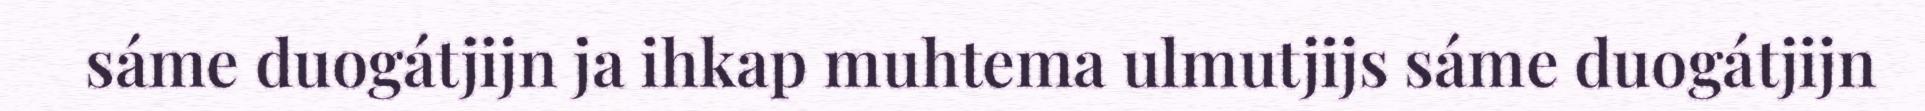
sáme duogátjijn ja ihkap muhtema ulmutjijs sáme duogátjijn